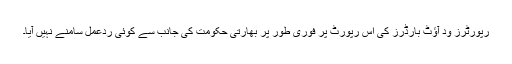
رپورٹرز ود آؤٹ بارڈرز کی اس رپورٹ پر فوری طور پر بھارتی حکومت کی جانب سے کوئی ردعمل سامنے نہیں آیا۔